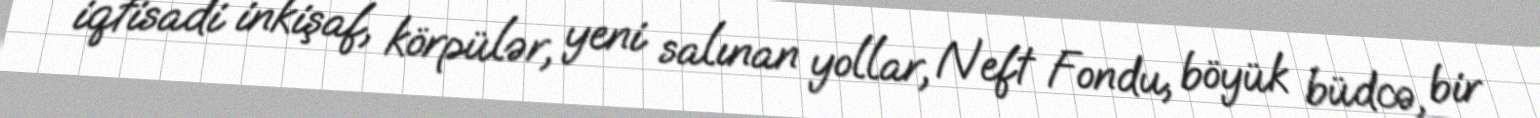
iqtisadi inkişaf, körpülər, yeni salınan yollar, Neft Fondu, böyük büdcə, bir